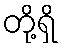
တို့ရှိ